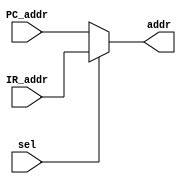
`timescale 1ns / 1ps
//////////////////////////////////////////////////////////////////////////////////
// Company: 
// Engineer: 
// 
// Design Name: 
// Module Name: ADDR_MUX
// Project Name: 
// Target Devices: 
// Tool Versions: 
// Description: 
// 
// Dependencies: 
// 
// Revision:
// Revision 0.01 - File Created
// Additional Comments:
// 
//////////////////////////////////////////////////////////////////////////////////


module ADDR_MUX(
    input [7:0]IR_addr,
    input [7:0]PC_addr,
    input sel,
    output [7:0]addr
    );
    assign addr = sel?IR_addr:PC_addr;//1  0 
endmodule